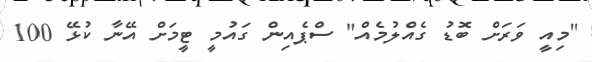
"މިއީ ވަރަށް ބޮޑު ގެއްލުމެއް" ސްޕެއިން ގައުމީ ޓީމަށް އޭނާ ކުޅޭ 100